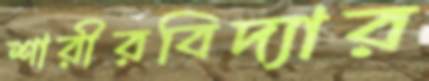
শারীরবিদ্যার